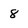
Character: 8